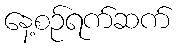
နေ့စဉ်ရက်ဆက်